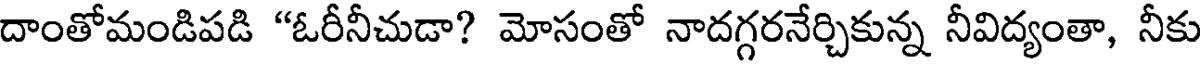
దాంతోమండిపడి "ఓరీనీచుడా? మోసంతో నాదగ్గరనేర్చికున్న నీవిద్యంతా, నీకు